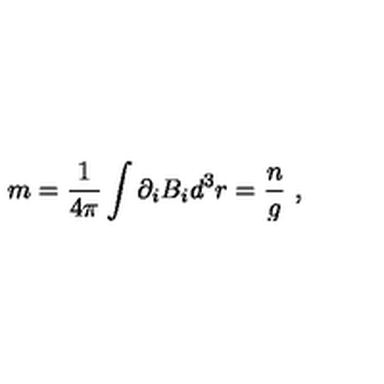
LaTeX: m = \frac { 1 } { 4 \pi } \int { \partial _ { i } B _ { i } d ^ { 3 } r } = \frac { n } { g } \ ,